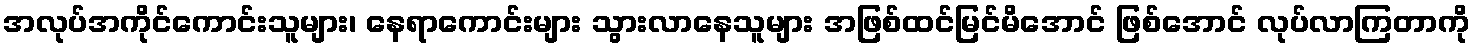
အလုပ်အကိုင်ကောင်းသူများ၊ နေရာကောင်းများ သွားလာနေသူများ အဖြစ်ထင်မြင်မိအောင် ဖြစ်အောင် လုပ်လာကြတာကို